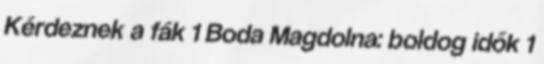
Kérdeznek a fák 1 Boda Magdolna: boldog idők 1